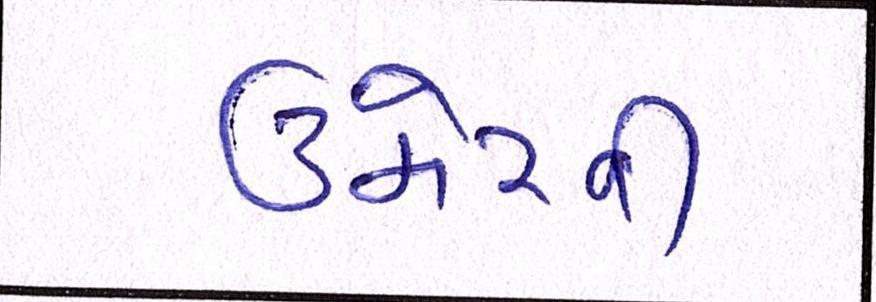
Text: ઉમેરવી